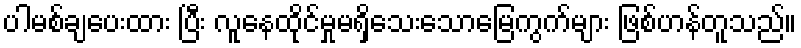
ပါမစ်ချပေးထား ပြီး လူနေထိုင်မှုမရှိသေးသောမြေကွက်များ ဖြစ်ဟန်တူသည်။